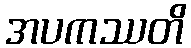
အပကဿတိ